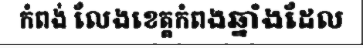
កំពង់ លែងខេត្តកំពងឆ្នាំងដែល